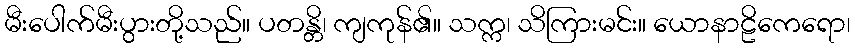
မီးပေါက်မီးပွားတို့သည်။ ပတန္တိ၊ ကျကုန်၏။ သက္က၊ သိကြားမင်း။ ယောနာဠိကေရော၊